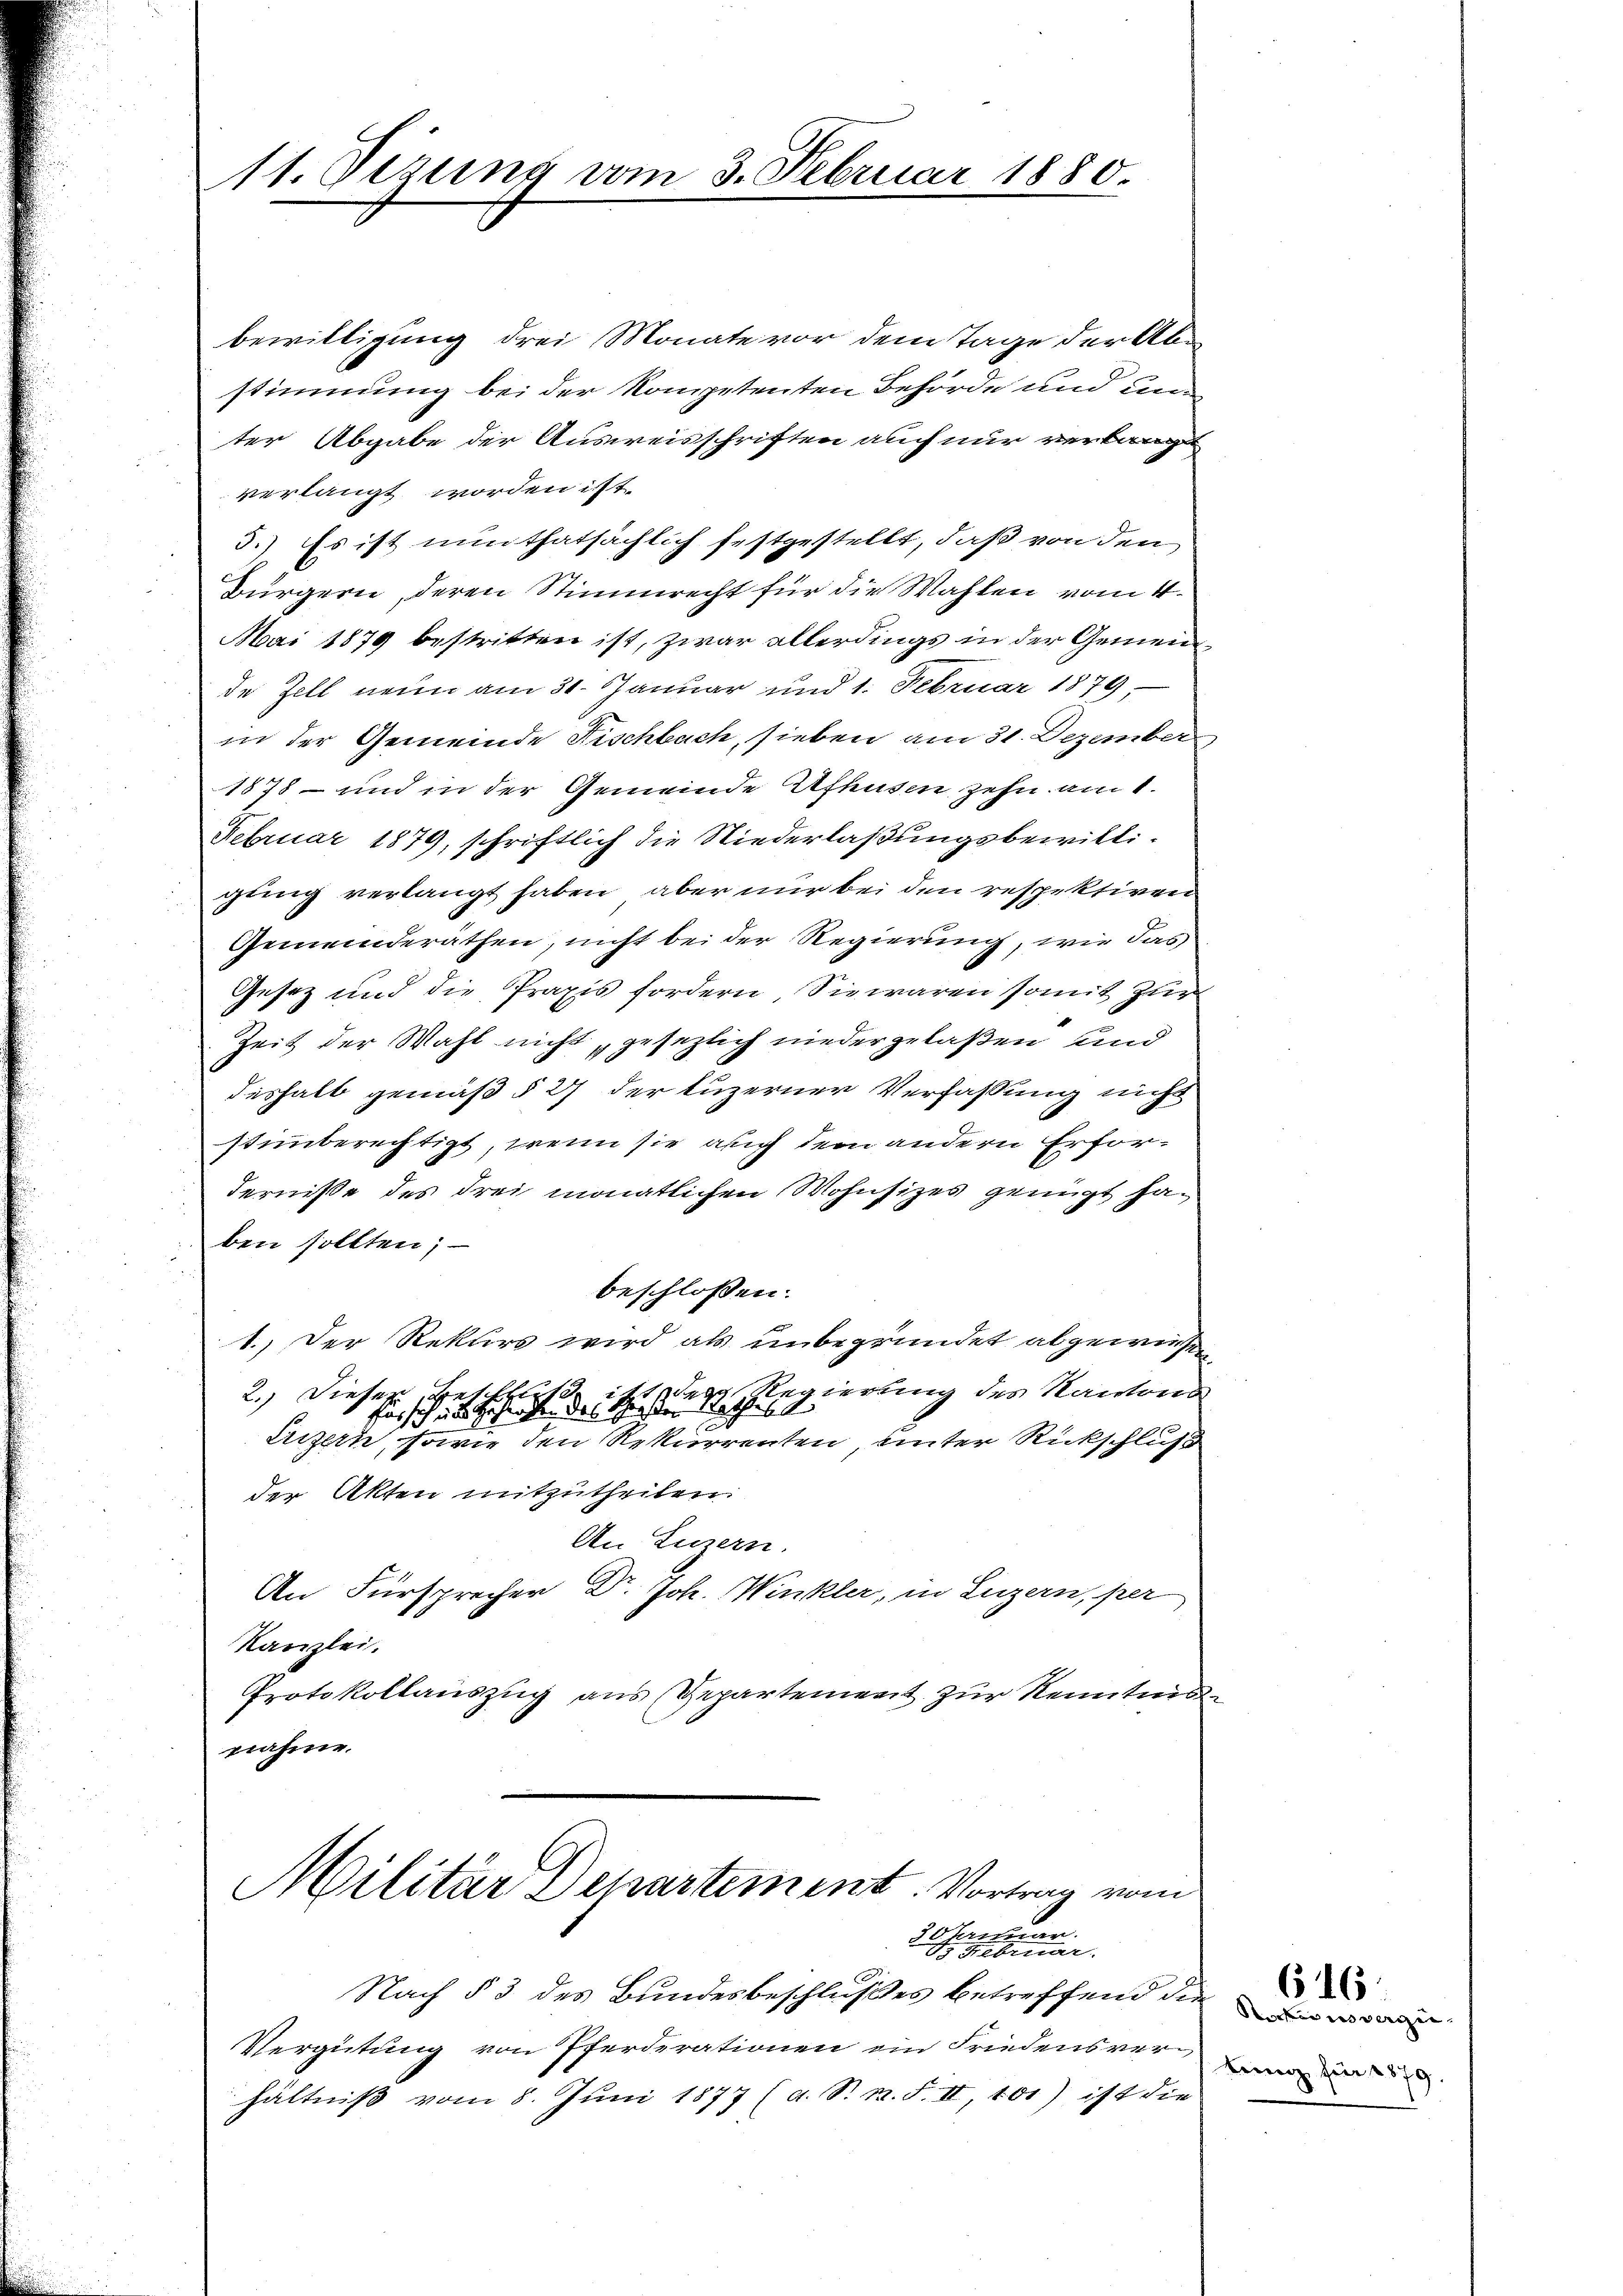
Mt. Vizung vom 3. Februar 1880

bewilligung drei Monate vor dem Tage der Abe
stimmung bei der Kompetenten Behörde und un
ter Abgabe der Ausweisschriften auch nur verlangt
verlangt worden ist.
3.) Es ist nun thatsächlich festgestellt, daß von den
Bürgern, deren Stimmrecht für die Wahlen vom 4.
Mai 1879 bestritten ist, zwar allerdings in der Gemeinde Zell neun am 31. Januar und 1. Februar 1879,
in der Gemeinde Fischbach, sieben am 31. Dezember
1878 - und in der Gemeinde Afhusen zehn am 1.
Februar 1879, schriftlich die Niederlaßungsbewilligung verlangt haben, aber nur bei den respektiren
Gemeinderäthen, nicht bei der Regierung, wie das
Gesetz und die Praxis fordern, Sie waren somit zur
Zeit der Wahl nicht gesezlich niedergelaßen, und
deshalb gemäß § 27 der Luzerner Verfaßung nicht
stimmberechtigt, wenn sie auch dem andern Erforderniße des Frei monatlichen Wohnsitzes genügt haben sollten; —
beschlossen:
1.) Der Rekurs wird als unbegründet abgewiesen
2.) Dieser Betfluß ist der Regierung des Kantons
fas sich und Gesangen des Schriften Nachtess
Erizern, sowie den Rekurrenten unter Rückschluß
der Akten mitzutheilen.
An Luzern.
An Fürsprecher Dr. Joh. Winkler, in Luzern, per
Kanzlei.
Protokollauszug aus Repartement zur Kenntnis
nahme.
Militär Departement. Vortrag vom

30 einer
B Februar.

Nach § 3 des Bundesbeschlußes betreffend die
Vergütung von Pferderationen ein Friedensverhältniß vom 8. Juni 1877 (d. S. n. F. II, 101) ist die

Raken verge
ting für 1879.

616